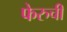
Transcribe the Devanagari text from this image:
फेरुची